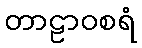
တာဠာဝစရံ